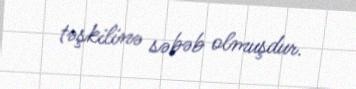
təşkilinə səbəb olmuşdur.